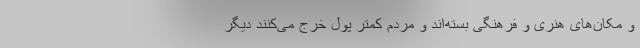
و مکان‌های هنری و فرهنگی بسته‌اند و مردم کمتر پول خرج می‌کنند دیگر